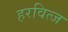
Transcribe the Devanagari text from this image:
हरवित्ज